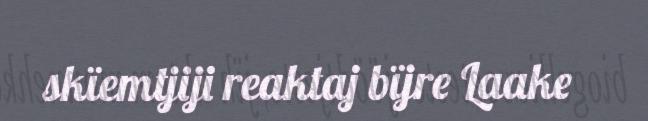
skïemtjiji reaktaj bïjre Laake